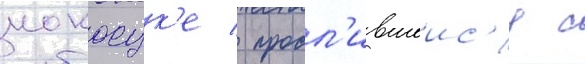
иокосук'е / продл'ившеис'я с